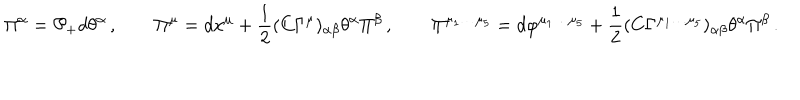
\Pi ^ { \alpha } = \mathcal { P } _ { + } d \theta ^ { \alpha } \, , \qquad \Pi ^ { \mu } = d x ^ { \mu } + { \frac { 1 } { 2 } } ( C \Gamma ^ { \mu } ) _ { \alpha \beta } \theta ^ { \alpha } \Pi ^ { \beta } \, , \qquad \Pi ^ { \mu _ { 1 } \dots \mu _ { 5 } } = d \varphi ^ { \mu _ { 1 } \dots \mu _ { 5 } } + { \frac { 1 } { 2 } } ( C \Gamma ^ { \mu _ { 1 } \dots \mu _ { 5 } } ) _ { \alpha \beta } \theta ^ { \alpha } \Pi ^ { \beta } \, .